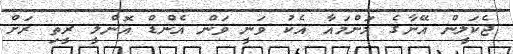
ޖެކަލީން އޭނާގެ މަންމައާ އެކު ވަނީ ވަން އެންޑް އޮންލީ ރީތި ރަށް